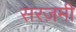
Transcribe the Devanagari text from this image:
सरज़मी